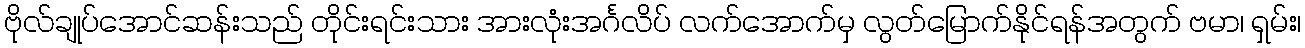
ဗိုလ်ချုပ်အောင်ဆန်းသည် တိုင်းရင်းသား အားလုံးအင်္ဂလိပ် လက်အောက်မှ လွတ်မြောက်နိုင်ရန်အတွက် ဗမာ၊ ရှမ်း၊